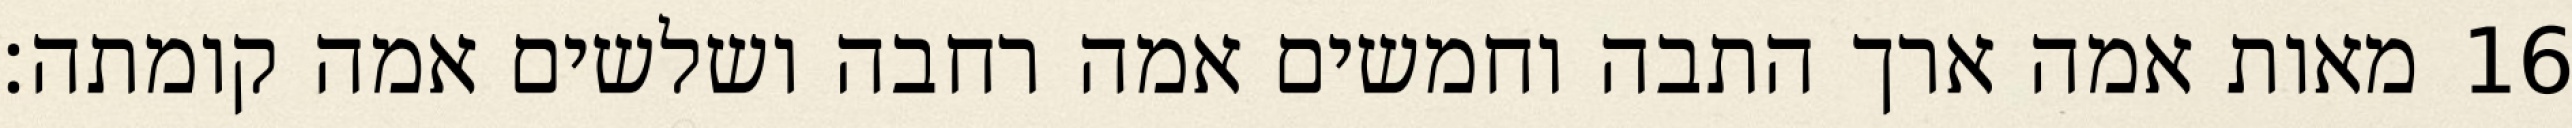
מאות אמה ארך התבה וחמשים אמה רחבה ושלשים אמה קומתה׃ ‎16‏